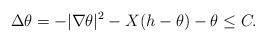
LaTeX: \begin{align*} \Delta\theta =-|\nabla\theta|^2-X(h-\theta)-\theta\le C.\end{align*}